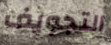
التجويف